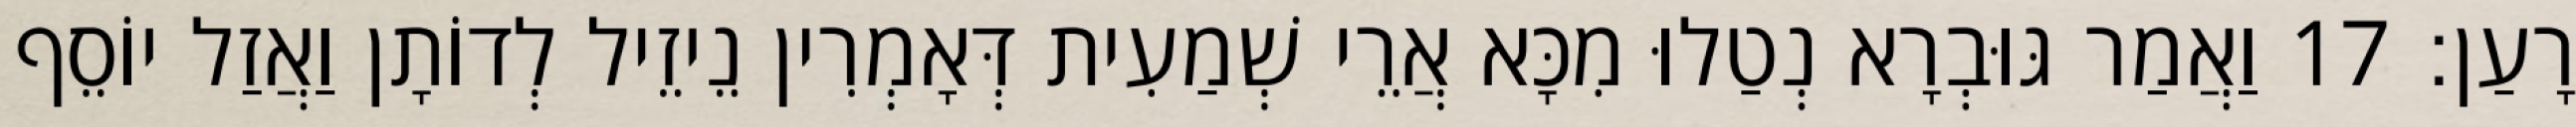
רָעַן׃ 17 וַאֲמַר גּוּבְרָא נְטַלוּ מִכָּא אֲרֵי שְׁמַעִית דְּאָמְרִין נֵיזֵיל לְדוֹתָן וַאֲזַל יוֹסֵף